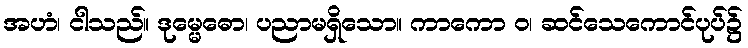
အဟံ၊ ငါသည်။ ဒုမ္မေဓော၊ ပညာမရှိသော။ ကာကော ဝ၊ ဆင်သေကောင်ပုပ်၌